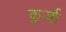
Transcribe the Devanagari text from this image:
कुर्जा